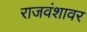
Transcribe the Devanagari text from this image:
राजवंशावर